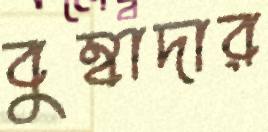
বুম্বাদার